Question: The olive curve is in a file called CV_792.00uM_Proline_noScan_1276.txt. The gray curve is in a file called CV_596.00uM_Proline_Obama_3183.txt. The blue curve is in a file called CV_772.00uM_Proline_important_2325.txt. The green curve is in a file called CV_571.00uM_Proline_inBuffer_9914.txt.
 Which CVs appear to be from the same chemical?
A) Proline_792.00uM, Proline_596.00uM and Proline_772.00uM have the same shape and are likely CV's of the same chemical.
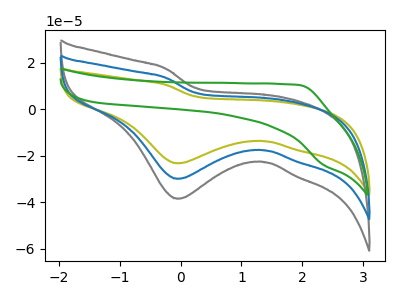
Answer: <think>The olive curve "Proline_792.00uM" has a cathodic peak at: (-0.05V, -23.20uA). The gray curve "Proline_596.00uM" has a cathodic peak at: (-0.05V, -59.75uA). The blue curve "Proline_772.00uM" has a cathodic peak at: (-0.05V, -29.90uA). The green curve "Proline_571.00uM" has no peaks.
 All the peaks in "Proline_792.00uM" have a peak in "Proline_596.00uM" at the same potential. Every peak in "Proline_792.00uM" is lower than every peak in "Proline_596.00uM". All the peaks in "Proline_792.00uM" have a peak in "Proline_772.00uM" at the same potential. Every peak in "Proline_792.00uM" is lower than every peak in "Proline_772.00uM". "Proline_792.00uM" and "Proline_571.00uM" have a different number of peaks. All the peaks in "Proline_596.00uM" have a peak in "Proline_772.00uM" at the same potential. Every peak in "Proline_596.00uM" is higher than every peak in "Proline_772.00uM". "Proline_596.00uM" and "Proline_571.00uM" have a different number of peaks. "Proline_772.00uM" and "Proline_571.00uM" have a different number of peaks.</think>
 <answer>A) "Proline_792.00uM", "Proline_596.00uM" and "Proline_772.00uM" have the same shape and are likely CV's of the same chemical.</answer>
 <eval>A</eval>